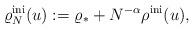
LaTeX: \begin{align*}\varrho_N^{\rm ini} (u):= \varrho_* + N^{-\alpha} \rho^{\rm ini} (u),\end{align*}